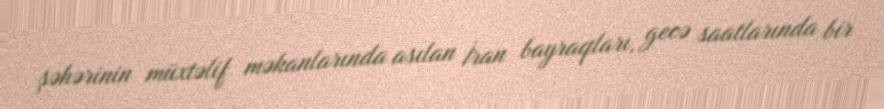
şəhərinin müxtəlif məkanlarında asılan İran bayraqları, gecə saatlarında bir